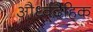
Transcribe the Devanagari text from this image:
और्ध्वदैहिक